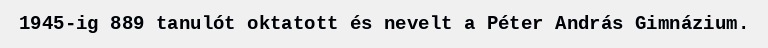
1945-ig 889 tanulót oktatott és nevelt a Péter András Gimnázium.